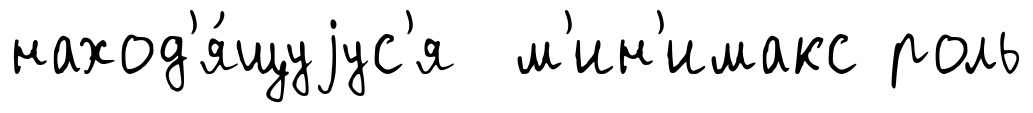
наход'я́щуjус'я м'ин'имакс роль